Annual administration report of the Civil Veterinary Department of India - 1906-1907
Year: 1906
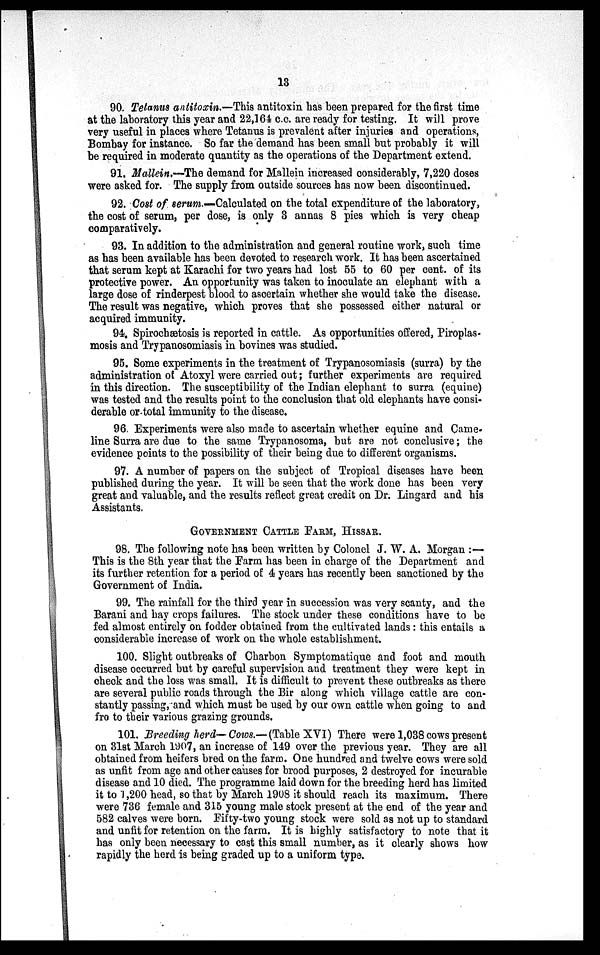
13
90. Tetanus antitoxin.—This antitoxin has been prepared for the first time
at the laboratory this year and 22,164 c.c. are ready for testing. It will prove
very useful in places where Tetanus is prevalent after injuries and operations,
Bombay for instance. So far the demand has been small but probably it will
be required in moderate quantity as the operations of the Department extend.
91. Mallein.—The demand for Mallein increased considerably, 7,220 doses
were asked for. The supply from outside sources has now been discontinued.
92. Cost of serum.—Calculated on the total expenditure of the laboratory,
the cost of serum, per dose, is only 3 annas 8 pies which is very cheap
comparatively.
93. In addition to the administration and general routine work, such time
as has been available has been devoted to research work. It has been ascertained
that serum kept at Karachi for two years had lost 55 to 60 per cent. of its
protective power. An opportunity was taken to inoculate an elephant with a
large dose of rinderpest blood to ascertain whether she would take the disease.
The result was negative, which proves that she possessed either natural or
acquired immunity.
94. Spirochætosis is reported in cattle. As opportunities offered, Piroplas-
mosis and Trypanosomiasis in bovines was studied.
95. Some experiments in the treatment of Trypanosomiasis (surra) by the
administration of Atoxyl were carried out; further experiments are required
in this direction. The susceptibility of the Indian elephant to surra (equine)
was tested and the results point to the conclusion that old elephants have consi-
derable or total immunity to the disease.
96. Experiments were also made to ascertain whether equine and Came-
line Surra are due to the same Trypanosoma, but are not conclusive; the
evidence points to the possibility of their being due to different organisms.
97. A number of papers on the subject of Tropical diseases have been
published during the year. It will be seen that the work done has been very
great and valuable, and the results reflect great credit on Dr. Lingard and his
Assistants.
GOVERNMENT CATTLE FARM, HISSAR.
98. The following note has been written by Colonel J. W. A. Morgan :—
This is the 8th year that the Farm has been in charge of the Department and
its further retention for a period of 4 years has recently been sanctioned by the
Government of India.
99. The rainfall for the third year in succession was very scanty, and the
Barani and hay crops failures. The stock under these conditions have to be
fed almost entirely on fodder obtained from the cultivated lands : this entails a
considerable increase of work on the whole establishment.
100. Slight outbreaks of Charbon Symptomatique and foot and mouth
disease occurred but by careful supervision and treatment they were kept in
check and the loss was small. It is difficult to prevent these outbreaks as there
are several public roads through the Bir along which village cattle are con-
stantly passing, and which must be used by our own cattle when going to and
fro to their various grazing grounds.
101. Breeding herd—Cows.— (Table XVI) There were 1,038 cows present
on 31st March 1907, an increase of 149 over the previous year. They are all
obtained from heifers bred on the farm. One hundred and twelve cows were sold
as unfit from age and other causes for brood purposes, 2 destroyed for incurable
disease and 10 died. The programme laid down for the breeding herd has limited
it to 1,200 head, so that by March 1908 it should reach its maximum. There
were 736 female and 315 young male stock present at the end of the year and
582 calves were born. Fifty-two young stock were sold as not up to standard
and unfit for retention on the farm. It is highly satisfactory to note that it
has only been necessary to cast this small number, as it clearly shows how
rapidly the herd is being graded up to a uniform type.